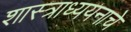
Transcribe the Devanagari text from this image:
शास्त्राध्ययनाचे